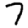
Digit: 7